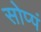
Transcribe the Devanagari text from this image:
सोप्पं